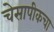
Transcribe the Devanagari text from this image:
चेसापीकचा